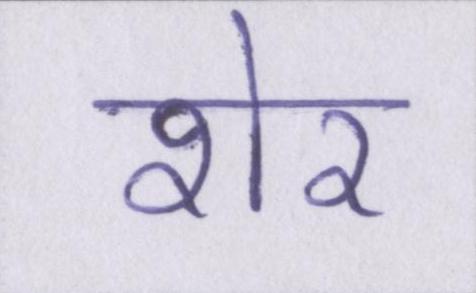
शेर